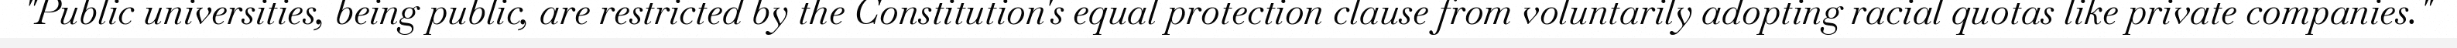
"Public universities, being public, are restricted by the Constitution's equal protection clause from voluntarily adopting racial quotas like private companies."